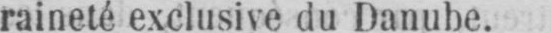
raineté exclusive du Danube.